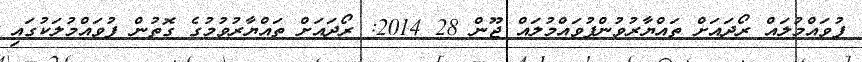
ފުވައްމުލައް ރޯދައަށް ތައްޔާރުވުންފުވައްމުލައް ޖޫން 28 2014: ރޯދައަށް ތައްޔާރުވުމުގެ ގޮތުން ފުވައްމުލަކުގައި